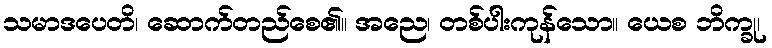
သမာဒပေတိ၊ ဆောက်တည်စေ၏။ အညေ၊ တစ်ပါးကုန်သော။ ယေစ ဘိက္ခု၊